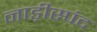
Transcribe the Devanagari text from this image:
नाड़ीस्पंद